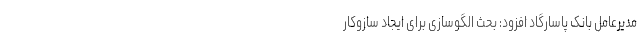
مدیر­عامل بانک پاسارگاد افزود: بحث الگوسازی برای ایجاد ساز­و­کار